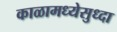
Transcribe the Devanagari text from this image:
काळामध्येसुध्दा